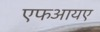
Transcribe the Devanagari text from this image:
एफआयए